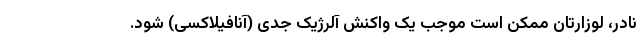
نادر، لوزارتان ممکن است موجب یک واکنش آلرژیک جدی (آنافیلاکسی) شود.